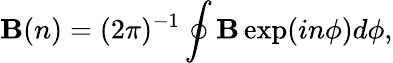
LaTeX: {\mathbf B}(n)=(2\pi)^{-1}\oint{\mathbf B}\exp(in\phi)d\phi,